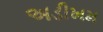
અડીખમ